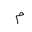
Letter: _mim